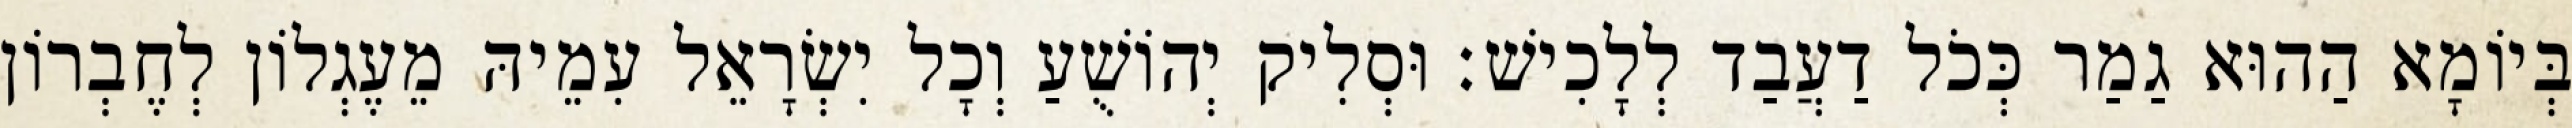
בְּיוֹמָא הַהוּא גַמַר כְּכֹל דַעֲבַד לְלָכִישׁ׃ וּסְלִיק יְהוֹשֻׁעַ וְכָל יִשְׂרָאֵל עִמֵיהּ מֵעֶגְלוֹן לְחֶבְרוֹן